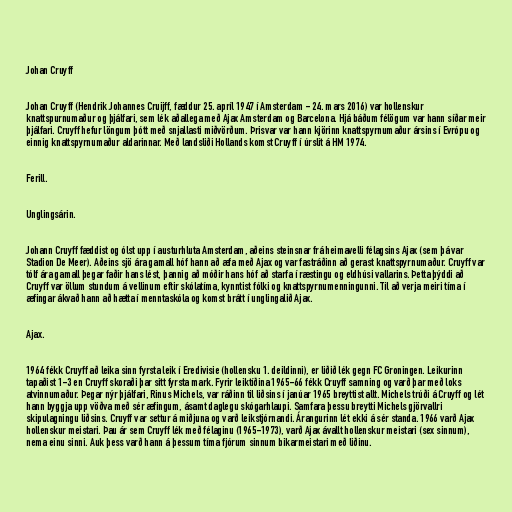
Johan Cruyff

Johan Cruyff (Hendrik Johannes Cruijff, fæddur 25. apríl 1947 í Amsterdam - 24. mars 2016) var hollenskur
knattspurnumaður og þjálfari, sem lék aðallega með Ajax Amsterdam og Barcelona. Hjá báðum félögum var hann síðar meir
þjálfari. Cruyff hefur löngum þótt með snjallasti miðvörðum. Þrisvar var hann kjörinn knattspyrnumaður ársins í Evrópu og
einnig knattspyrnumaður aldarinnar. Með landsliði Hollands komst Cruyff í úrslit á HM 1974.

Ferill.

Unglingsárin.

Johann Cruyff fæddist og ólst upp í austurhluta Amsterdam, aðeins steinsnar frá heimavelli félagsins Ajax (sem þá var
Stadion De Meer). Aðeins sjö ára gamall hóf hann að æfa með Ajax og var fastráðinn að gerast knattspyrnumaður. Cruyff var
tólf ára gamall þegar faðir hans lést, þannig að móðir hans hóf að starfa í ræstingu og eldhúsi vallarins. Þetta þýddi að
Cruyff var öllum stundum á vellinum eftir skólatíma, kynntist fólki og knattspyrnumenningunni. Til að verja meiri tíma í
æfingar ákvað hann að hætta í menntaskóla og komst brátt í unglingalið Ajax.

Ajax.

1964 fékk Cruyff að leika sinn fyrsta leik í Eredivisie (hollensku 1. deildinni), er liðið lék gegn FC Groningen. Leikurinn
tapaðist 1-3 en Cruyff skoraði þar sitt fyrsta mark. Fyrir leiktíðina 1965-66 fékk Cruyff samning og varð þar með loks
atvinnumaður. Þegar nýr þjálfari, Rinus Michels, var ráðinn til liðsins í janúar 1965 breyttist allt. Michels trúði á Cruyff og lét
hann byggja upp vöðva með sér æfingum, ásamt daglegu skógarhlaupi. Samfara þessu breytti Michels gjörvallri
skipulagningu liðsins. Cruyff var settur á miðjuna og varð leikstjórnandi. Árangurinn lét ekki á sér standa. 1966 varð Ajax
hollenskur meistari. Þau ár sem Cruyff lék með félaginu (1965-1973), varð Ajax ávallt hollenskur meistari (sex sinnum),
nema einu sinni. Auk þess varð hann á þessum tíma fjórum sinnum bikarmeistari með liðinu.